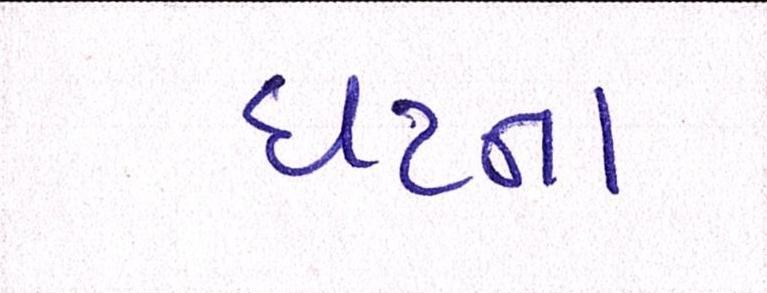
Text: ઘટના